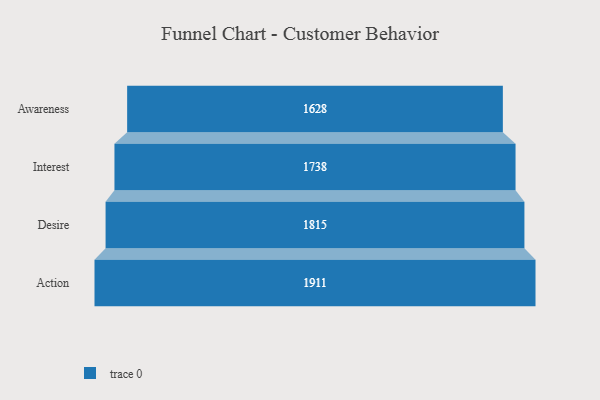
{"axis": {"x": "Stage", "y": "Value"}, "legend": [""], "data": [{"x": "Awareness", "y": 1628.0, "type": ""}, {"x": "Interest", "y": 1738.0, "type": ""}, {"x": "Desire", "y": 1815.0, "type": ""}, {"x": "Action", "y": 1911.0, "type": ""}]}